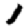
Digit: 1